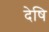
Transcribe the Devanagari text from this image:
देषि